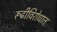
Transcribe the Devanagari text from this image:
रूढीविरोधात